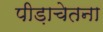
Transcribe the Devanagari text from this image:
पीड़ाचेतना